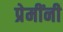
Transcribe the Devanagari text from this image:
प्रेमींनी